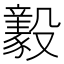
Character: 𣫚